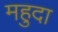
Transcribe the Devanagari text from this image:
महुदा